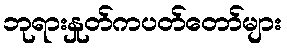
ဘုရားနှုတ်ကပတ်တော်များ